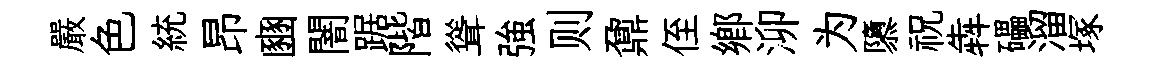
嚴色統昂豳闇踞階聳強则鼐侄郷泖为隳祝犇礧溜塚